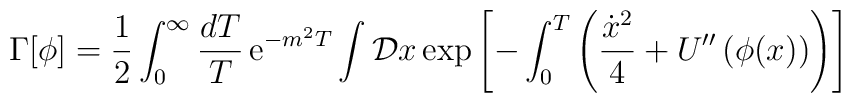
\Gamma[\phi] = {1\over 2} \int_0^{\infty}{dT\over T}\, {\rm e}^{-m^2T} \int {\cal D}x\, {\rm exp} \left[ -\int_0^T \left( {{\dot x}^2\over 4} + U''\left( \phi (x) \right)\right) \right]